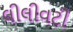
લીલીવટી